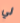
لي